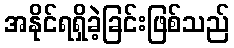
အနိုင်ရရှိခဲ့ခြင်းဖြစ်သည်